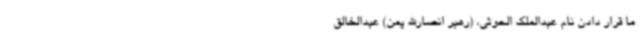
ما قرار دادن نام عبدالملک الحوثی، (رهبر انصارالله یمن) عبدالخالق